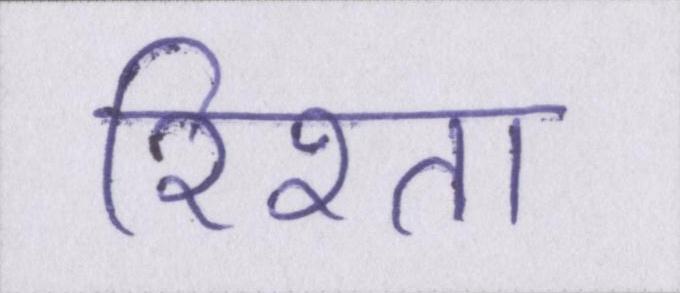
रिश्ता